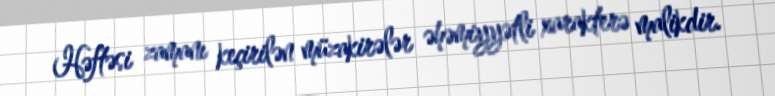
Həftəsi zamanı keçirilən müzakirələr əhəmiyyətli xarakterə malikdir.